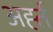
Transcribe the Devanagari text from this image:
अर्ह्त